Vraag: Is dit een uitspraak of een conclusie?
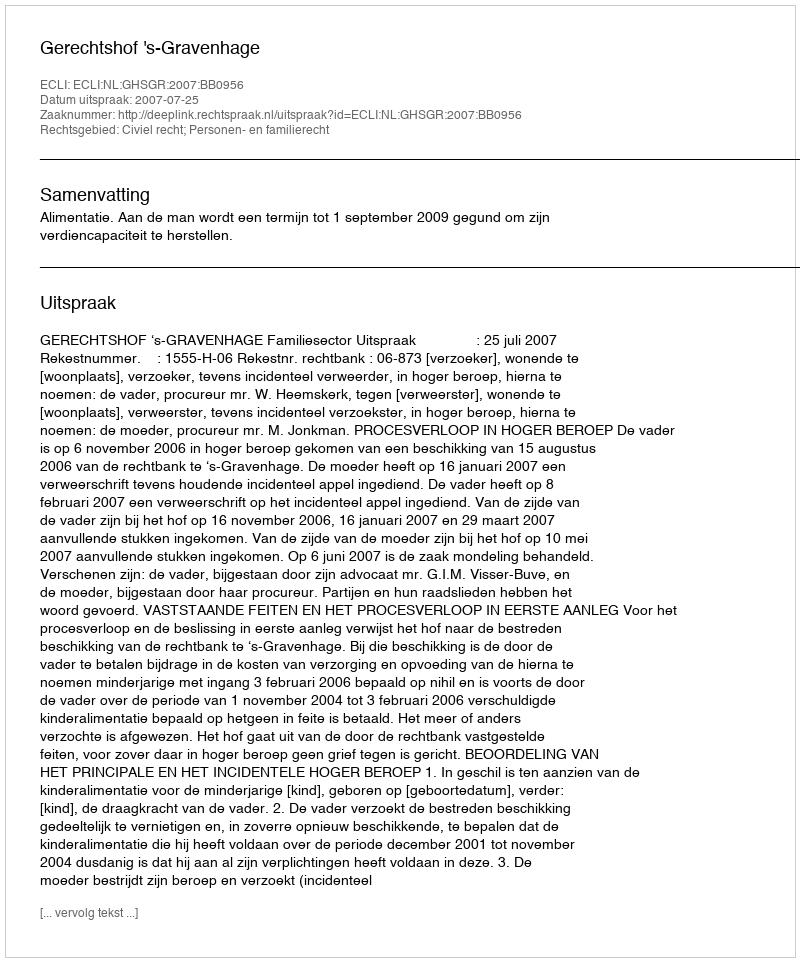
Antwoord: Uitspraak